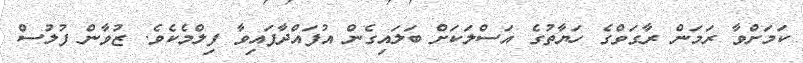
ކަމަށްވާ ރަމަން ރާގަވްގެ ހަޔާތުގެ އަސްލަކަށް ބަލައިގެން އުފައްދާފައިވާ ފިލްމެކެވެ. ޒުވާން ފުލުސް